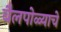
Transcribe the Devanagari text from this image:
बैलपोळ्याचे